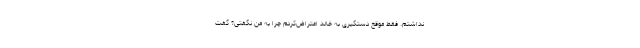
نداشتم. فقط موقع دستگیری به خالد اعتراض‌کردم چرا به من نگفتی؟ گفت